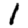
Digit: 1